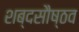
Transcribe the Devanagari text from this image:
शब्दसौष्ठव